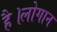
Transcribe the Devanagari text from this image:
है।लोगान